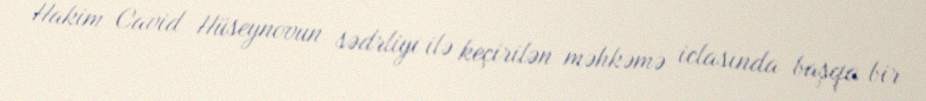
Hakim Cavid Hüseynovun sədrliyi ilə keçirilən məhkəmə iclasında başqa bir